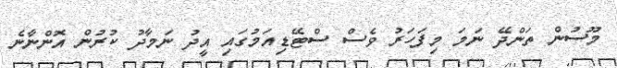
މޫސުން ތަންދޭ ނަމަ މިފަހަރު ވެސް ސްޓޭޑިއަމުގައި އީދު ނަމާދު ކުރުން އޮންނާނެ